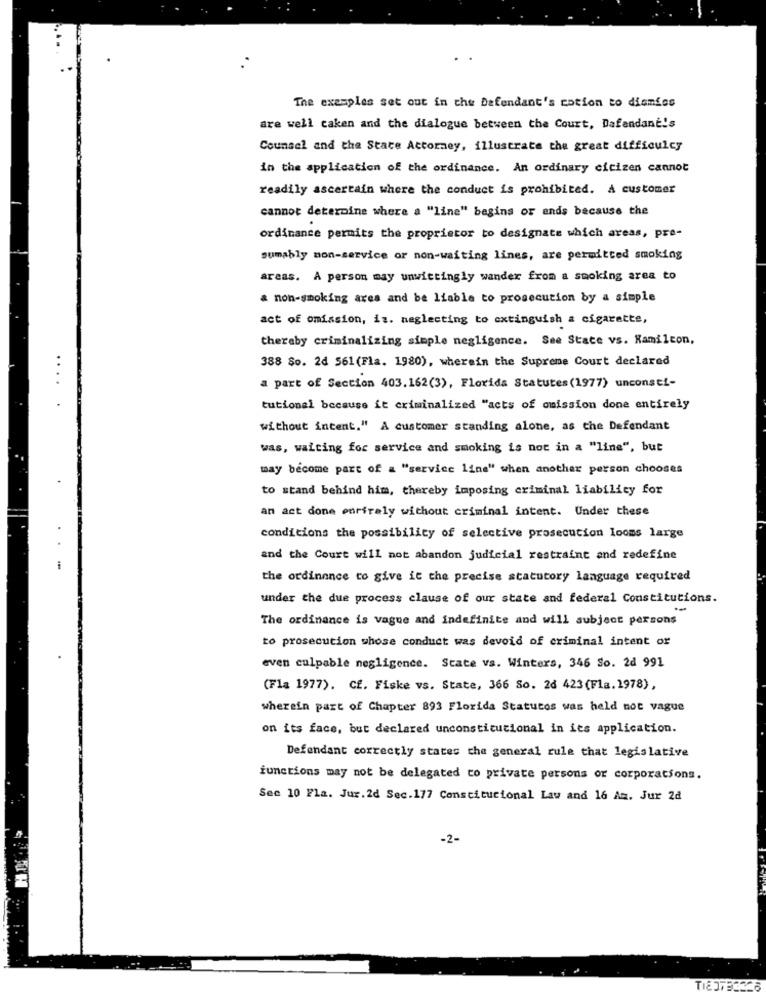
The exemples set out in the Defendant's cotion to dismiss
are well caken and the dialogue between the Court, Dafendane's
Counsel and the State Actormey, illustrate the great difficulcy
in the application of the ordinance. An ordinary citizen cannot
readily ascertain where the conduct is prohibited. A customer
cannot determine where a "line" begins or ends because the
ordinance permits the proprietor to designate which areas, pre-
sumably mon-service or non-waiting lines, are permitted smoking
areas. A person may unwittingly wander from a smoking area to
a non-smoking area and be liable to prosecution by a simple
act of omission, is. neglecting to extinguish a cigarette,
thereby criminalizing simple negligence. See State vs. Kamilcon,
388 So. 2d 561(Fla. 1980), wherein the Supreme Court declared
..
a part of Section 403.162(3), Florida Statutes (1977) unconsti-
tutional because it criminalized "acts of omission done entirely
without incent." A customer standing alone, as the Defendant
was, waiting for service and smoking is not in a "line", but
may become part of a "service line" when another person chooses
to stand behind him, thereby imposing criminal liability for
an act done entirely without criminal intent. Under these
conditions the possibility of selective prosecution looms large
and the Court will not abandon judicial restraint and redefine
the ordinance to give it the precise statutory language required
under the due process clause of our state and federal Constitutions.
The ordinance is vague and indefinite and will subject persons
to prosecution whose conduct was devoid of criminal intent or
even culpable negligence. State va. Winters, 346 So. 2d 991
(Fla 1977). Cf. Fiske vs. State, 366 So. 26 423(Fla.1978),
wherein part of Chapter 893 Florida Statutos was held not vague
on its face, but declared unconstitutional in its application.
Defendant correctly states the general rule that legislative
functions may not be delegated to private persons or corporations.
See 10 Fla. Jur. 2d Sec.177 Constitucional Law and 16 Am. Jur 2d
-2-
IH